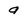
Character: 9